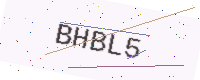
Text: BHBL5